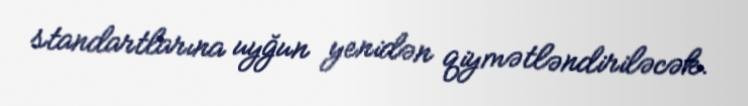
standartlarına uyğun yenidən qiymətləndiriləcək.